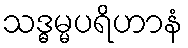
သဒ္ဓမ္မပရိဟာနံ